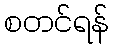
စတင်ရန်